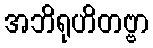
အဘိရုဟိတဗ္ဗာ